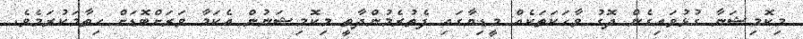
މިކޮމިޝަނާ ގުޅުވައިގެން ދޮގު ވާހަކަތަކެއް މީޑިޔާގައި ފެތުރެމުންދާތީ މިކޮމިޝަނުން އެކަމާ ވަރަށްބޮޑަށް ހިތާމަކުރަމެވެ.